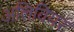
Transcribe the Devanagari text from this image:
अलिवियर